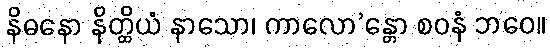
နိဓနော နိတ္ထိယံ နာသော၊ ကာလော’န္တော စဝနံ ဘဝေ။